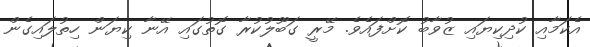
އެކަމާއި ކުދިކިޔައި ޒުވާބު ކޮށްފައެވެ. މޭރީ ގަބޫލުކުރާ ގޮތުގައި އޭނާ ކިޔަން ހިތުލައިގެން